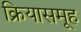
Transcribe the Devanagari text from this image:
क्रियासमूह